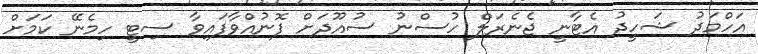
އަހްމަދު ޝަހީދު އެޓާނީ ޖެނެރަލް ހުސްނު ސުއޫދަށް ފޮނުއްވާފައިވާ ސިޓީ ހިމެނޭ ކަމަށް